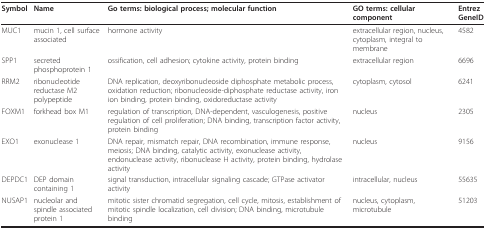
| Symbol | Name | Go terms: biological process; molecular function | GO terms: cellular component | Entrez GeneID |
 | --- | --- | --- | --- | --- |
 | MUC1 | mucin 1, cell surface associated | hormone activity | extracellular region, nucleus, cytoplasm, integral to membrane | 4582 |
 | SPP1 | secreted phosphoprotein 1 | ossification, cell adhesion; cytokine activity, protein binding | extracellular region | 6696 |
 | RRM2 | ribonucleotide reductase M2 polypeptide | DNA replication, deoxyribonucleoside diphosphate metabolic process, oxidation reduction; ribonucleoside-diphosphate reductase activity, iron ion binding, protein binding, oxidoreductase activity | cytoplasm, cytosol | 6241 |
 | FOXM1 | forkhead box M1 | regulation of transcription, DNA-dependent, vasculogenesis, positive regulation of cell proliferation; DNA binding, transcription factor activity, protein binding | nucleus | 2305 |
 | EXO1 | exonuclease 1 | DNA repair, mismatch repair, DNA recombination, immune response, meiosis; DNA binding, catalytic activity, exonuclease activity, endonuclease activity, ribonuclease H activity, protein binding, hydrolase activity | nucleus | 9156 |
 | DEPDC1 | DEP domain containing 1 | signal transduction, intracellular signaling cascade; GTPase activator activity | intracellular, nucleus | 55635 |
 | NUSAP1 | nucleolar and spindle associated protein 1 | mitotic sister chromatid segregation, cell cycle, mitosis, establishment of mitotic spindle localization, cell division; DNA binding, microtubule binding | nucleus, cytoplasm, microtubule | 51203 |